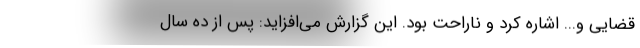
قضایی و... اشاره کرد و ناراحت بود. این گزارش می‌افزاید: پس از ده سال